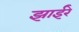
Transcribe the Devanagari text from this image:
झाईरे